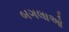
બગલાઓ